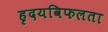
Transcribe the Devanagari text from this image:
हृदयविफलता